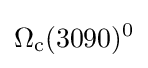
\Omega _{\rm {c}}(3090)^{0}